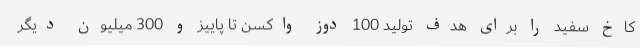
کاخ سفید را برای هدف تولید 100 دوز واکسن تا پاییز و 300 میلیون دیگر